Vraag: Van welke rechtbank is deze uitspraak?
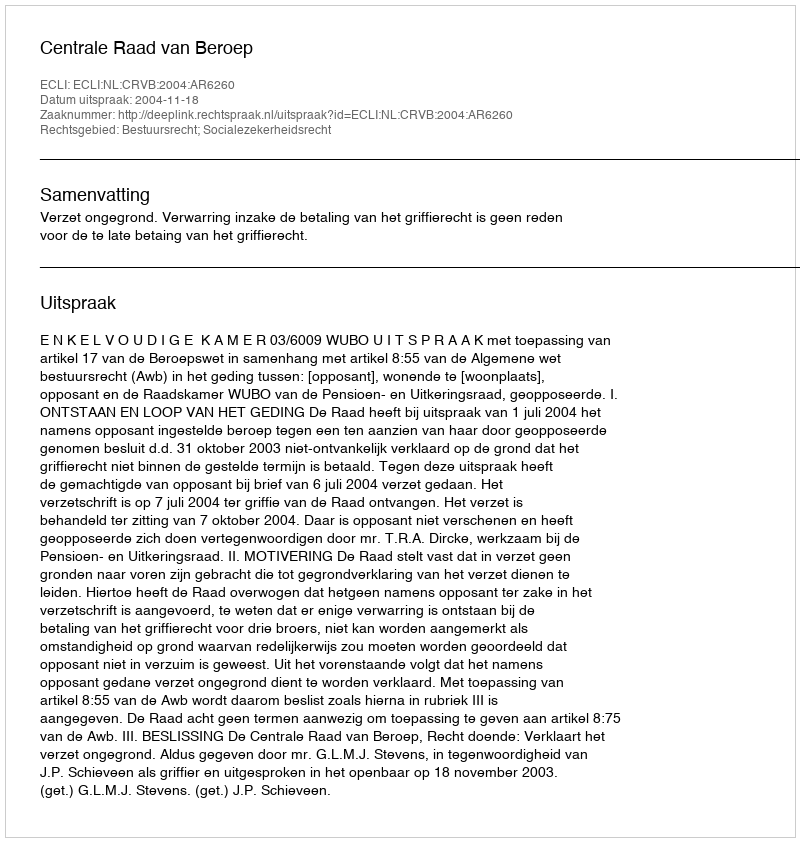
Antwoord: Centrale Raad van Beroep